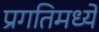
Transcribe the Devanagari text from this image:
प्रगतिमध्ये